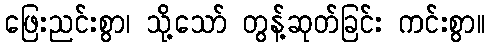
ဖြေးညင်းစွာ၊ သို့သော် တွန့်ဆုတ်ခြင်း ကင်းစွာ။